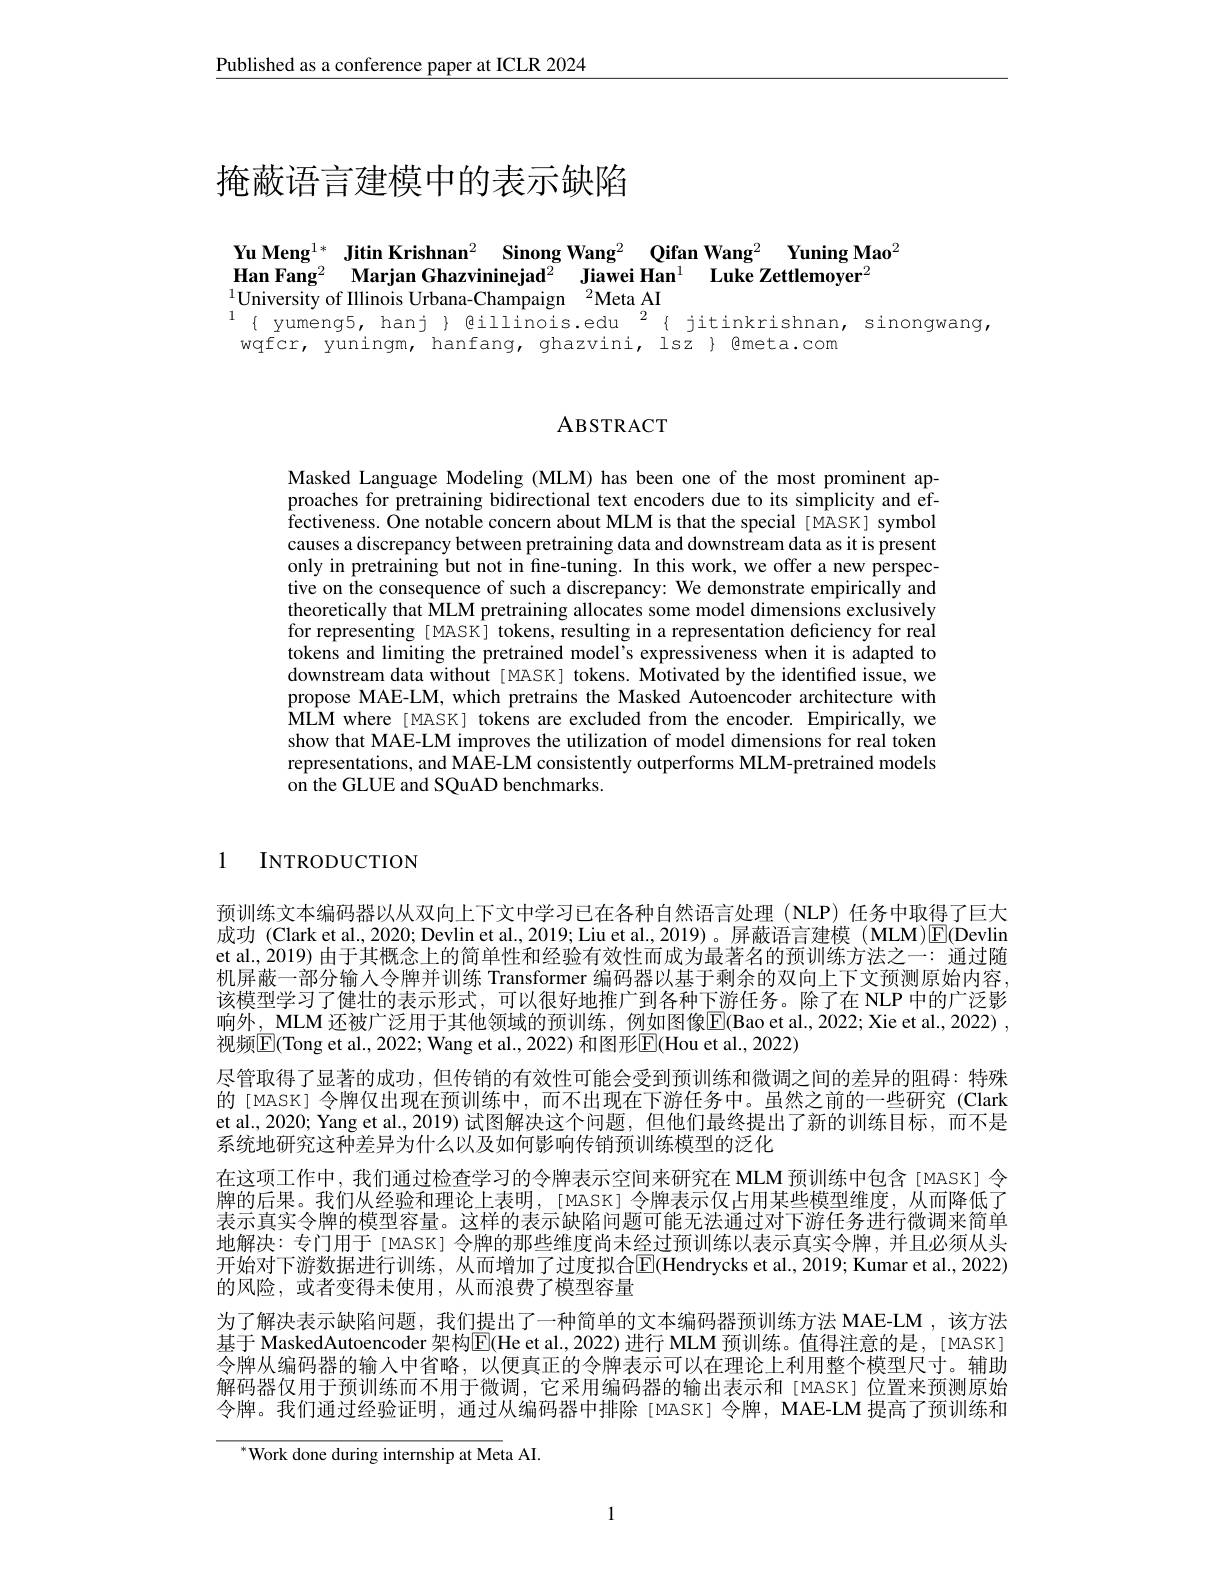
$\underline{\text{Published as a conference paper at ICLR 2024}}$

# 掩蔽语言建模中的表示缺陷

Yu Meng$^{1*}$ Jitin Krishnan$^2$ Sinong Wang$^2$ Qifan Wang$^2$ Yuning Mao$^2$
$\textbf{Han Fang}^{2}$ $\textbf{Marjan Ghazvininejad}^{2}$ $\textbf{Jiawei Han}^{1}$ $\textbf{Luke Zettlemoyer}^{2}$
$^{1}$University of Illinois Urbana-Champaign$^2$Meta AI
$^{1}\{$ yumeng5, hanj } qillinois.edu $^2${ jitinkrishnan, sinongwang,

wqfcr, yuningm, hanfang, ghazvini, lsz Qmeta.com

## ABSTRACT

Masked Language Modeling (MLM) has been one of the most prominent approaches for pretraining bidirectional text encoders due to its simplicity and effectiveness. One notable concern about MLM is that the special [MASK] symbol causes a discrepancy between pretraining data and downstream data as it is present only in pretraining but not in fine-tuning. In this work, we offer a new perspective on the consequence of such a discrepancy: We demonstrate empirically and theoretically that MLM pretraining allocates some model dimensions exclusively for representing [MASK] tokens, resulting in a representation deficiency for real tokens and limiting the pretrained model's expressiveness when it is adapted to downstream data without [MASK] tokens. Motivated by the identified issue, we propose MAE-LM, which pretrains the Masked Autoencoder architecture with $\hat{\mathrm{MLM~where~[MASK]~tokens~are~excluded~from~the~encoder.~Empirically,~we}}$ show that MAE-LM improves the utilization of model dimensions for real token representations, and MAE-LM consistently outperforms MLM-pretrained models on the GLUE and SQuAD benchmarks.

1 INTRODUCTION

预训练文本编码器以从双向上下文中学习已在各种自然语言处理 (NLP) 任务中取得了巨大成功 (Clark et al., 2020; Devlin et al., 2019; Liu et al., 2019)。屏蔽语言建模 (MLM)$\boxed{\mathrm{E}}$(Devlin et al, 2019) 由于其概念上的简单性和经验有效性而成为最著名的预训练方法之一：通过随机屏蔽一部分输人令牌并训练 Transformer 编码器以基于剩余的双向上下文预测原始内容， 该模型学习了健壮的表示形式，可以很好地推广到各种下游任务。除了在 NLP 中的广泛影响外，MLM 还被广泛用于其他领域的预训练，例如图像E(Bao et al.,2022; Xie et al., 2022) , 视频$\boxed{\mathrm{F}}($Tong et al., 2022; Wang et al., 2022) 和图形$\boxed{\mathrm{E}}($Hou et al., 2022)
尽管取得了显著的成功，但传销的有效性可能会受到预训练和微调之间的差异的阻碍：特殊的[MASK] 令牌仅出现在预训练中，而不出现在下游任务中。虽然之前的一些研究(Clark et al., 2020; Yang et al., 2019) 试图解决这个问题，但他们最终提出了新的训练目标，而不是系统地研究这种差异为什么以及如何影响传销预训练模型的泛化
在这项工作中，我们通过检查学习的令牌表示空间来研究在 MLM 预训练中包含[MASK] 令牌的后果。我们从经验和理论上表明，[MASK]令牌表示仅占用某些模型维度，从而降低了表示真实令牌的模型容量。这样的表示缺陷问题可能无法通过对下游任务进行微调来简单地解决：专门用于 [MASK] 令牌的那些维度尚未经过预训练以表示真实令牌，并且必须从头开始对下游数据进行训练，从而增加了过度拟合$\overline{\mathbb{E}}($Hendrycks et al.,2019; Kumar et al., 2022) 的风险，或者变得未使用，从而浪费了模型容量
为了解决表示缺陷问题，我们提出了一种简单的文本编码器预训练方法 MAE-LM ,该方法基于 MaskedAutoencoder 架构$\overline{\mathrm{E}}($He et al., 2022) 进行 MLM 预训练。值得注意的是，[MASK] 令牌从编码器的输入中省略，以便真正的令牌表示可以在理论上利用整个模型尺寸。辅助解码器仅用于预训练而不用于微调，它采用编码器的输出表示和[MASK]位置来预测原始令牌。我们通过经验证明，通过从编码器中排除[MASK] 令牌，MAE-LM 提高了预训练和

${}^{*}$Work done during internship at Meta AI.

1